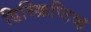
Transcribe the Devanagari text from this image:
डिस्क्रिप्टिव्ह